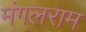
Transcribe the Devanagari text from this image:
मंगलराम